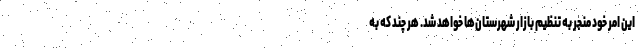
این امر خود منجر به تنظیم بازار شهرستان‌ها خواهد شد. هر چند که به